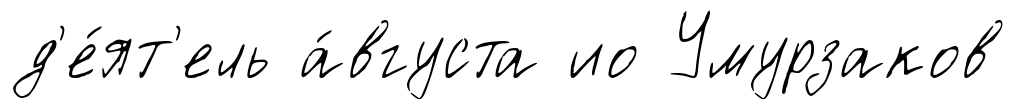
д'е́ят'ель а́вгуста ио Умурзаков